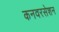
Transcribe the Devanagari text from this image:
कनवरसेशन